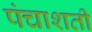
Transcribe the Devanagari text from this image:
पंचाशती